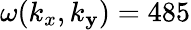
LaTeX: \omega(k_{x},k_{\mathbf{y}})=485